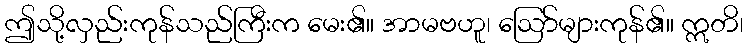
ဤသို့လှည်းကုန်သည်ကြီးက မေး၏။ အာမဗဟူ၊ ဩော်များကုန်၏။ ဣတိ၊